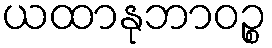
ယထာနုဘာဝဉ္စ